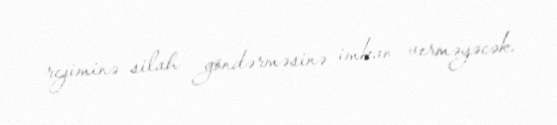
rejiminə silah göndərməsinə imkan verməyəcək.